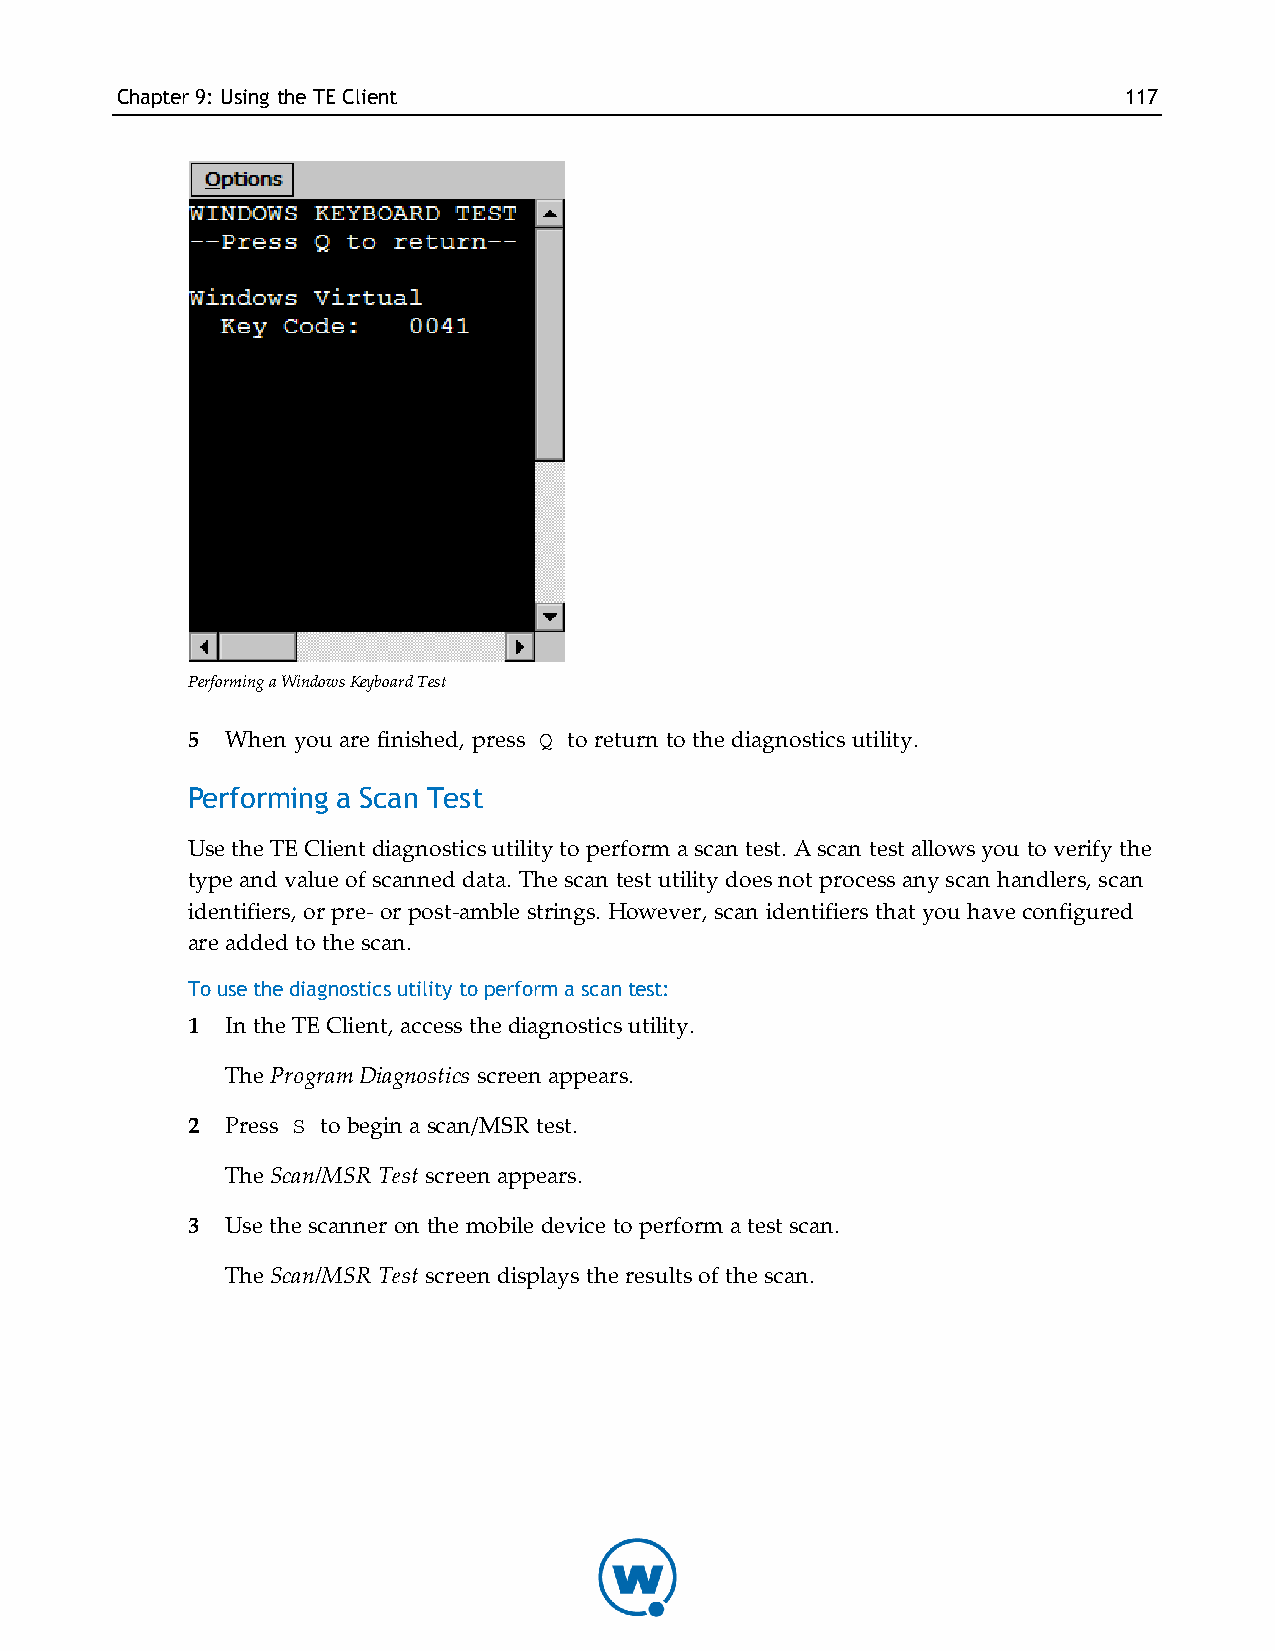
Chapter9: Using theTE Client                                      117
 Performing a Windows Keyboard Test
 5  When you are finished, press Q to return to the diagnostics utility.
 Performing a Scan Test
 Use the TE Client diagnostics utility to perform a scan test. A scan test allows you to verify the
 type and value of scanned data. The scan test utility does not process any scan handlers, scan
 identifiers, or pre- or post-amble strings. However, scan identifiers that you have configured
 are added to the scan.
 To use the diagnostics utility to perform a scan test:
 1  In the TE Client, access the diagnostics utility.
 The Program Diagnostics screen appears.
 2  Press S to begin a scan/MSR test.
 The Scan/MSR Test screen appears.
 3  Use the scanner on the mobile device to perform a test scan.
 The Scan/MSR Test screen displays the results of the scan.